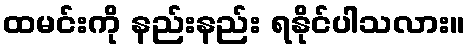
ထမင်းကို နည်းနည်း ရနိုင်ပါသလား။